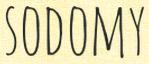
SODOMY